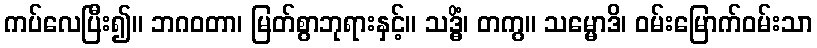
ကပ်လေပြီး၍။ ဘဂဝတာ၊ မြတ်စွာဘုရားနှင့်။ သဒ္ဓိံ၊ တကွ။ သမ္မောဒိ၊ ဝမ်းမြောက်ဝမ်းသာ